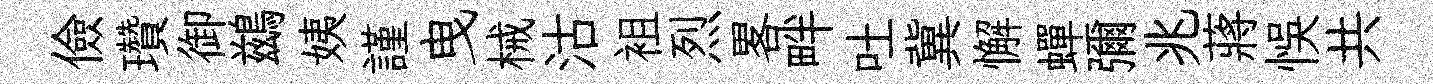
儉瓚御鷀姨謹曳械沽袓烈畧畔吐冀懈蟬彌兆蔣悞共